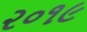
૨૦૧૯